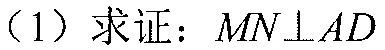
（1）求证：\(MN\perp AD\)